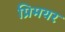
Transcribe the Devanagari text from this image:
प्रिमयर